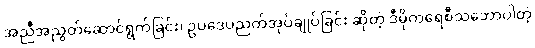
အညီအညွတ်ဆောင်ရွက်ခြင်း၊ ဥပဒေပညတ်အုပ်ချုပ်ခြင်း ဆိုတဲ့ ဒီမိုကရေစီသဘောပါတဲ့